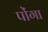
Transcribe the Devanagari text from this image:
पोंगा